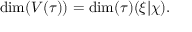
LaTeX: \dim ( V ( \tau ) ) = \dim ( \tau ) ( \xi | \chi ) .